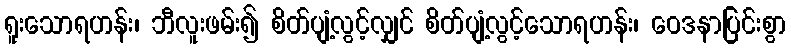
ရူးသောရဟန်း၊ ဘီလူးဖမ်း၍ စိတ်ပျံ့လွင့်လျှင် စိတ်ပျံ့လွင့်သောရဟန်း၊ ဝေဒနာပြင်းစွာ